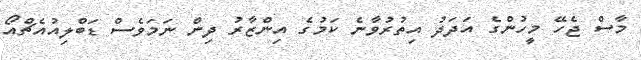
މާސް ޖެހޭ މީހުންގެ އަދަދު އިތުރުވާނެ ކަމުގެ އިންޒާރު ދިން ނަމަވެސް ޑަބްލިއުއެޗްއޯ